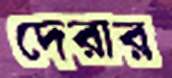
দেরার